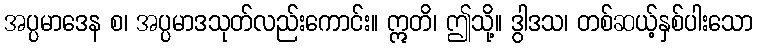
အပ္ပမာဒေန စ၊ အပ္ပမာဒသုတ်လည်းကောင်း။ ဣတိ၊ ဤသို့။ ဒွါဒသ၊ တစ်ဆယ့်နှစ်ပါးသော